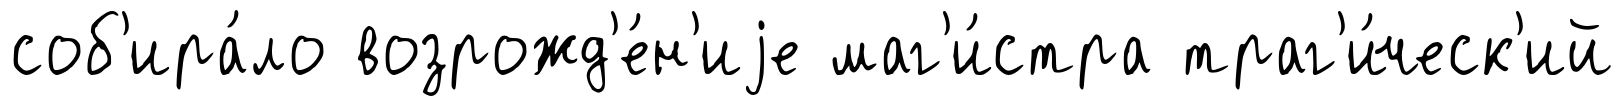
соб'ира́ло возрожд'е́н'иjе маг'и́стра траг'и́ческ'ий